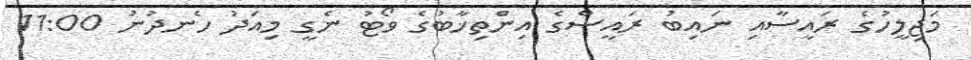
މަޖިލީހުގެ ރައީސާއި ނައިބު ރައީސްގެ އިންތިޚާބުގެ ވޯޓު ނެގީ މިއަދު ހެނދުނު 11:00